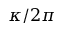
\kappa / 2 \pi